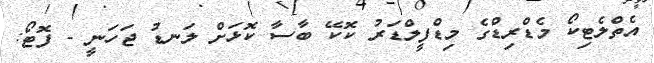
އެތްލެޓިކޯ މެޑްރިޑްގެ މިޑްފީލްޑަރު ކޮކޭ ބާސާ ކޮޅަށް ލަނޑު ޖަހަނީ - ފޮޓޯ: